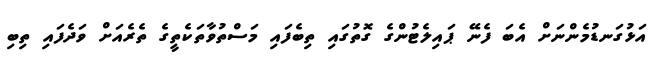
އަޅުގަނޑުމެންނަށް އެބަ ފެނޭ ޕައިލެޓުންގެ ގޮތުގައި ތިބެފައި މަސްތުވާތަކެތީގެ ތެރެއަށް ވަދެފައި ތިބި